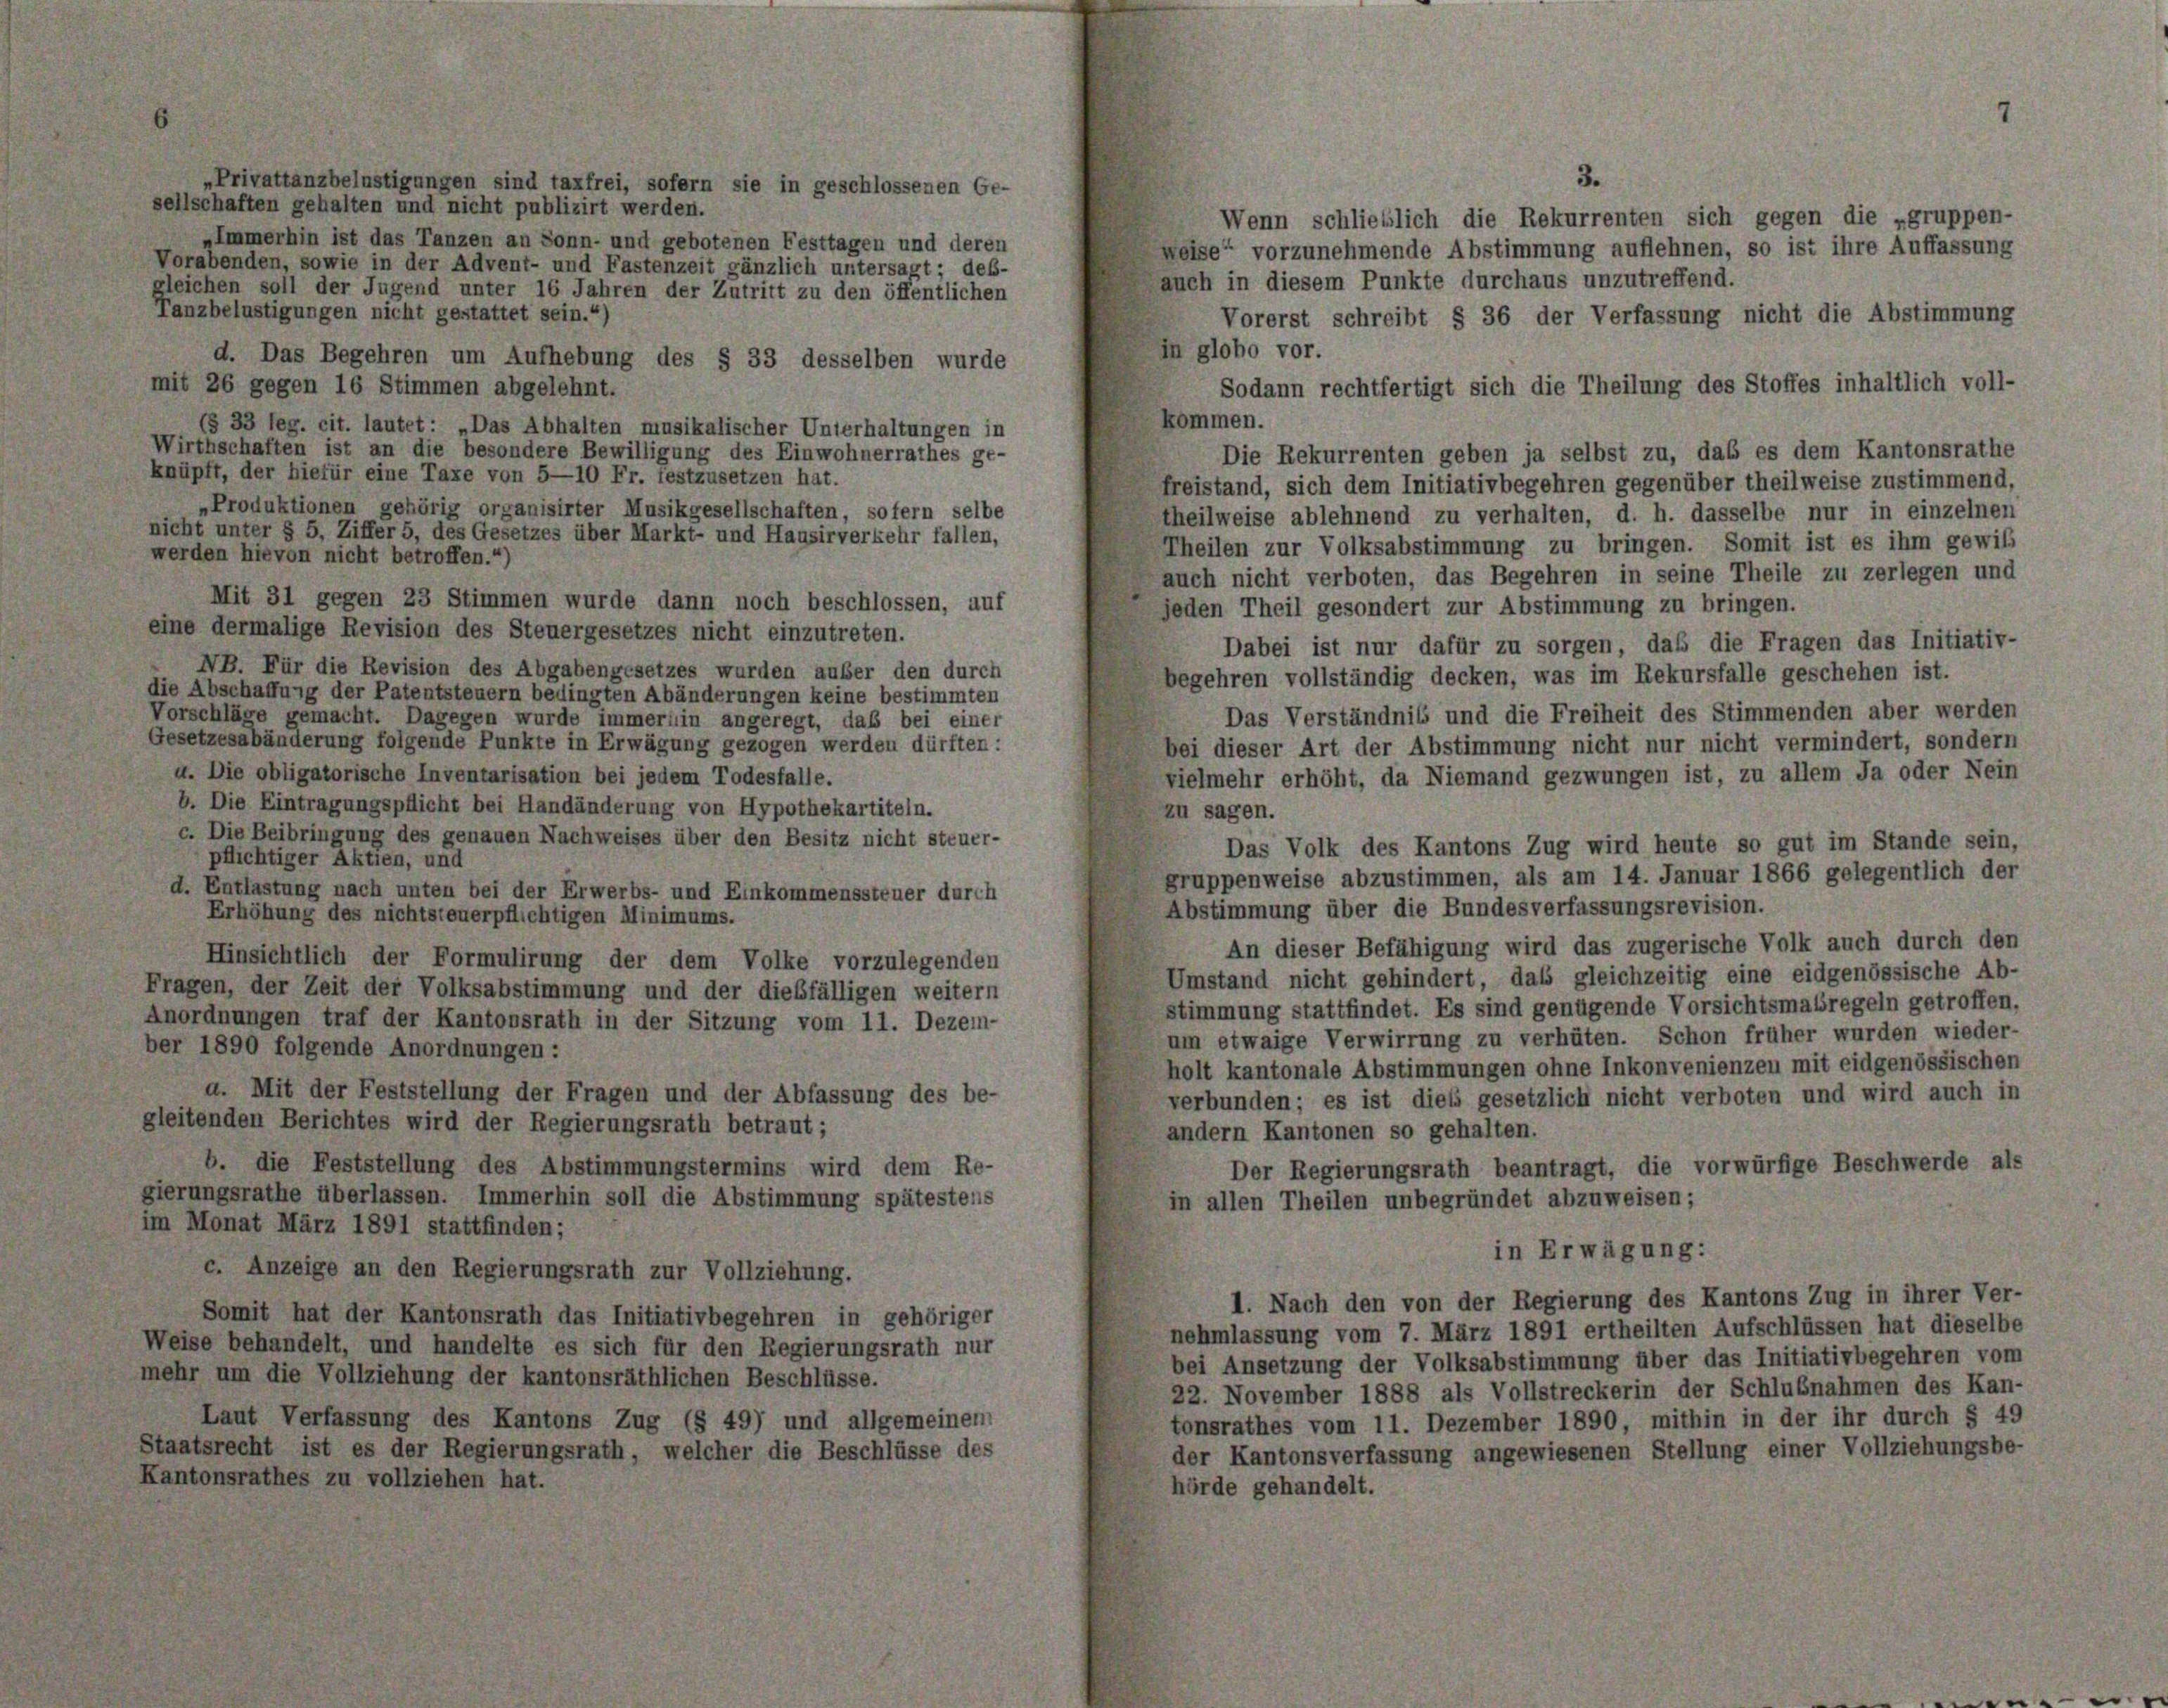
3.
„Privattanzbelustigungen sind taxfrei, sofern sie in geschlossenen Ge-
sellschaften gehalten und nicht publizirt werden.
Wenn schließlich die Rekurrenten sich gegen die „gruppen-
„Immerhin ist das Tanzen an Sonn- und gebotenen Festtagen und deren
weise“ vorzunehmende Abstimmung auflehnen, so ist ihre Auffassung
Vorabenden, sowie in der Advent- und Fastenzeit gänzlich untersagt; deß-
auch in diesem Punkte durchaus unzutreffend.
gleichen soll der Jugend unter 16 Jahren der Zutritt zu den öffentlichen
Tanzbelustigungen nicht gestattet sein.“)
Vorerst schreibt § 36 der Verfassung nicht die Abstimmung
in globo vor.
d. Das Begehren um Aufhebung des § 33 desselben wurde
mit 26 gegen 16 Stimmen abgelehnt.
Sodann rechtfertigt sich die Theilung des Stoffes inhaltlich voll-
kommen.
(§ 33 leg. cit. lautet: „Das Abhalten musikalischer Unterhaltungen in
Wirthschaften ist an die besondere Bewilligung des Einwohnerrathes ge-
Die Rekurrenten geben ja selbst zu, das es dem Kantonsrathe
knüpft, der hiefür eine Taxe von 5—10 Fr. festzusetzen hat.
freistand, sich dem Initiativbegehren gegenüber theilweise zustimmend,
„Produktionen gehörig organisirter Musikgesellschaften, sofern selbe
theilweise ablehnend zu verhalten, d. h. dasselbe nur in einzelnen
nicht unter § 5, Ziffer 5, des Gesetzes über Markt- und Hausirverkehr fallen,
Theilen zur Volksabstimmung zu bringen. Somit ist es ihm gewiss
werden hievon nicht betroffen.4)
auch nicht verboten, das Begehren in seine Theile zu zerlegen und
Mit 31 gegen 23 Stimmen wurde dann noch beschlossen, auf
jeden Theil gesondert zur Abstimmung zu bringen.
eine dermalige Revision des Steuergesetzes nicht einzutreten.
Dabei ist nur dafür zu sorgen, daß die Fragen das Initiativ-
NB. Für die Revision des Abgabengesetzes wurden außer den durch
begehren vollständig decken, was im Rekursfalle geschehen ist.
die Abschaffung der Patentsteuern bedingten Abänderungen keine bestimmten
Das Verständnis und die Freiheit des Stimmenden aber werden
Vorschläge gemacht. Dagegen wurde immer in angeregt, daß bei einer
Gesetzesabänderung folgende Punkte in Erwägung gezogen werden dürften:
bei dieser Art der Abstimmung nicht nur nicht vermindert, sondern
u. Die obligatorische Inventarisation bei jedem Todesfalle.
vielmehr erhöht, da Niemand gezwungen ist, zu allem Ja oder Nein
b. Die Eintragungspflicht bei Handänderung von Hypothekartiteln.
zu sagen.
c. Die Beibringung des genauen Nachweises über den Besitz nicht steuer-
Das Volk des Kantons Zug wird heute so gut im Stande sein,
pflichtiger Aktien, und
gruppenweise abzustimmen, als am 14. Januar 1866 gelegentlich der
d. Entlastung nach unten bei der Erwerbs- und Einkommenssteuer durch
Abstimmung über die Bundesverfassungsrevision.
Erhöhung des nichtsteuerpflichtigen Minimums.
An dieser Befähigung wird das zugerische Volk auch durch den
Hinsichtlich der Formulirung der dem Volke vorzulegenden
Umstand nicht gehindert, das gleichzeitig eine eidgenössische Ab-
Fragen, der Zeit der Volksabstimmung und der dießfälligen weitern
stimmung stattfindet. Es sind genügende Vorsichtsmaßregeln getroffen,
Anordnungen traf der Kantonsrath in der Sitzung vom 11. Dezem-
um etwaige Verwirrung zu verhüten. Schon früher wurden wieder-
ber 1890 folgende Anordnungen:
holt kantonale Abstimmungen ohne Inkonvenienzen mit eidgenössischen
a. Mit der Feststellung der Fragen und der Abfassung des be-
verbunden; es ist dies gesetzlich nicht verboten und wird auch in
gleitenden Berichtes wird der Regierungsrath betraut;
andern Kantonen so gehalten.
b. die Feststellung des Abstimmungstermins wird dem Re-
Der Regierungsrath beantragt, die vorwürfige Beschwerde als
gierungsrathe überlassen. Immerhin soll die Abstimmung spätestens
in allen Theilen unbegründet abzuweisen;
im Monat März 1891 stattfinden;
in Erwägung:
c. Anzeige an den Regierungsrath zur Vollziehung.
1. Nach den von der Regierung des Kantons Zug in ihrer Ver-
Somit hat der Kantonsrath das Initiativbegehren in gehöriger
nehmlassung vom 7. März 1891 ertheilten Aufschlüssen hat dieselbe
Weise behandelt, und handelte es sich für den Regierungsrath nur
bei Ansetzung der Volksabstimmung über das Initiativbegehren vom
mehr um die Vollziehung der kantonsräthlichen Beschlüsse.
22. November 1888 als Vollstreckerin der Schlußnahmen des Kan-
Laut Verfassung des Kantons Zug (§ 49) und allgemeinem
tonsrathes vom 11. Dezember 1890 mithin in der ihr durch § 49
Staatsrecht ist es der Regierungsrath, welcher die Beschlüsse des
der Kantonsverfassung angewiesenen Stellung einer Vollziehungsbe-
Kantonsrathes zu vollziehen hat.
hörde gehandelt.